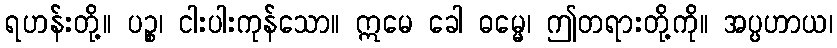
ရဟန်းတို့။ ပဉ္စ၊ ငါးပါးကုန်သော။ ဣမေ ခေါ ဓမ္မေ၊ ဤတရားတို့ကို။ အပ္ပဟာယ၊